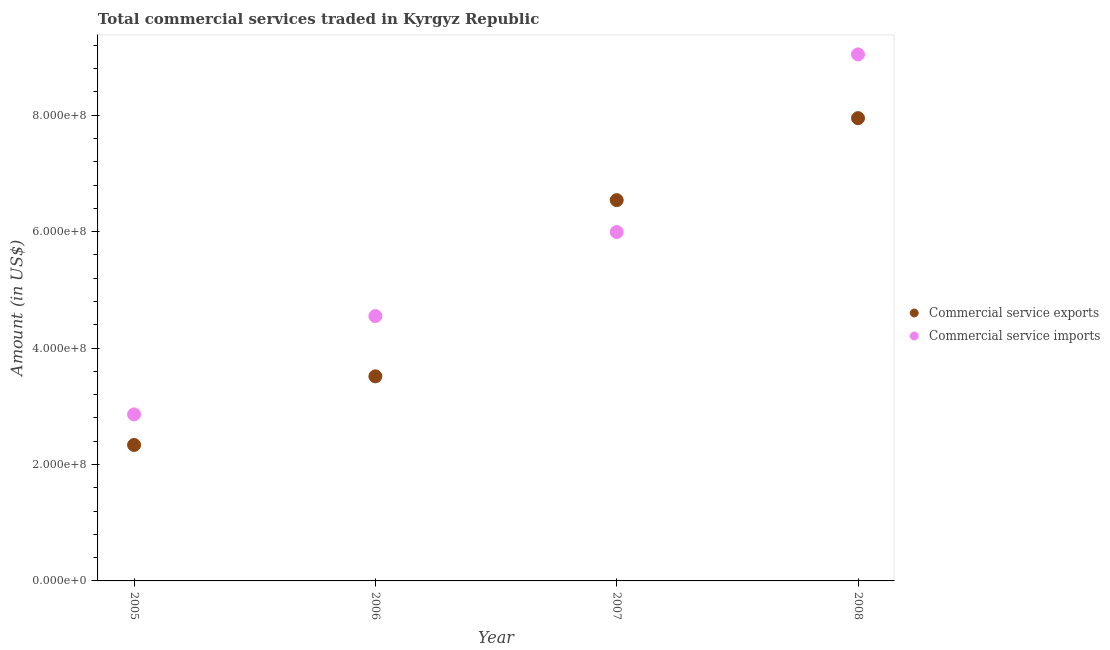
| Year | Commercial service exports | Commercial service imports |
 | --- | --- | --- |
 | 2005 | 2.34e+08 | 2.86e+08 |
 | 2006 | 3.51e+08 | 4.55e+08 |
 | 2007 | 6.54e+08 | 5.99e+08 |
 | 2008 | 7.95e+08 | 9.04e+08 |